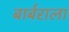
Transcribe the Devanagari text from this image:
बार्बराला